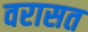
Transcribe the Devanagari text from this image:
वरासत